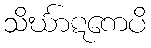
သိင်္ဃာဋကေပိ